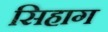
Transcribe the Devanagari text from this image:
सिहाग